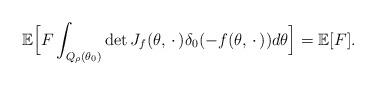
LaTeX: \begin{align*}{\mathbb E} \Bigl[F\int_{Q_{\rho} (\theta_0) } \det J_f(\theta, \,\cdot\,) \delta_0 (- f(\theta, \,\cdot\,)) d\theta\Bigr]={\mathbb E} [F].\end{align*}